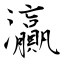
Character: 灜